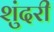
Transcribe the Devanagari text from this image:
शुंदरी